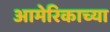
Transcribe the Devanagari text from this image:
आमेरिकाच्या